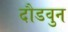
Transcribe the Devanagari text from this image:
दौडवुन